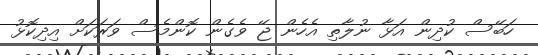
ހަބޭސް ކުދިން އަޅާ ނުލާތި އެހެން ޖޭ ވެގެން ކޮންމެސް ވަރަކަށް އިދިކޮޅު